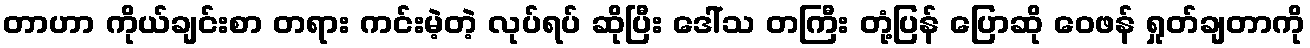
တာဟာ ကိုယ်ချင်းစာ တရား ကင်းမဲ့တဲ့ လုပ်ရပ် ဆိုပြီး ဒေါ်သ တကြီး တုံ့ပြန် ပြောဆို ဝေဖန် ရှုတ်ချတာကို